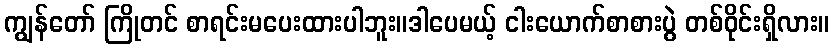
ကျွန်တော် ကြိုတင် စာရင်းမပေးထားပါဘူး။ဒါပေမယ့် ငါးယောက်စာစားပွဲ တစ်ဝိုင်းရှိလား။